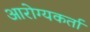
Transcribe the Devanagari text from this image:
आरोग्यकर्ता